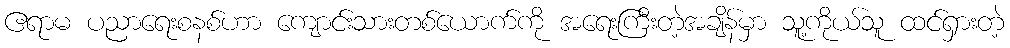
ဧရာမ ပညာရေးစနစ်ဟာ ကျောင်းသားတစ်ယောက်ကို အရေးကြီးတဲ့အချိန်မှာ သူ့ကိုယ်သူ ထင်ရှားတဲ့